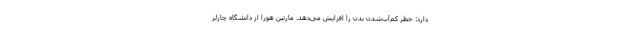
دارد: خطر کم‌آب‌شدن بدن را افزایش می‌دهد. مارتین هورا از دانشگاه چارلز